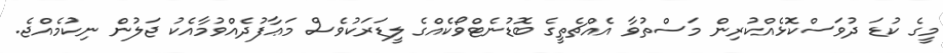
މީގެ ކުޑަ ދުވަސްކޮޅެއްކުރިން މަސްތުވާ އެއްޗެތީގެ ބޮޑުނެޓްވޯކެއްގެ ލީޑަރަކުވެސް މަޢާފުދެއްވުމާއެކު ޖަލުން ނިކުމެއްޖެ.